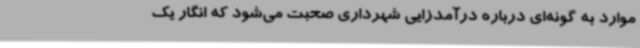
موارد به گونه‌ای درباره درآمدزایی شهرداری صحبت می‌شود که انگار یک